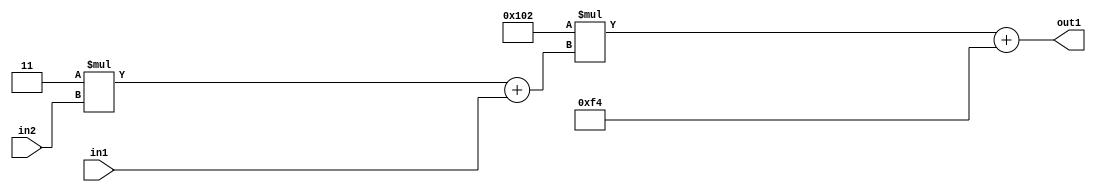
`timescale 1ps / 1ps
/*****************************************************************************
    Verilog RTL Description
    
    
    Created by: Stratus DpOpt 2019.1.01 
*******************************************************************************/

module DC_Filter_Add2i244Mul2i258Add2u1Mul2i3u2_4 (
	in2,
	in1,
	out1
	); /* architecture "behavioural" */ 
input [1:0] in2;
input  in1;
output [11:0] out1;
wire [11:0] asc001;
wire [3:0] asc002;

wire [3:0] asc002_tmp_0;
assign asc002_tmp_0 = 
	+(4'B0011 * in2);
assign asc002 = asc002_tmp_0
	+(in1);

wire [11:0] asc001_tmp_1;
assign asc001_tmp_1 = 
	+(12'B000100000010 * asc002);
assign asc001 = asc001_tmp_1
	+(12'B000011110100);

assign out1 = asc001;
endmodule

/* CADENCE  v7X4SgA= : u9/ySgnWtBlWxVPRXgAZ4Og= ** DO NOT EDIT THIS LINE ******/